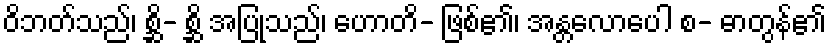
ဝိဘတ်သည်၊ စ္ဆိ- စ္ဆိ အပြုသည်၊ ဟောတိ- ဖြစ်၏၊ အန္တလောပေါ စ- ဓာတွန်၏